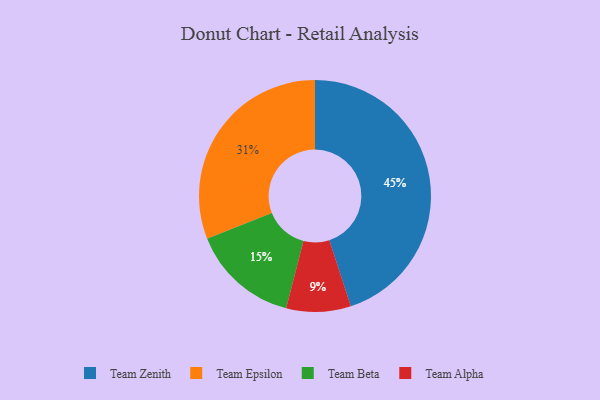
{"axis": {"x": "Category", "y": "Percentage"}, "legend": ["Team Alpha", "Team Beta", "Team Epsilon", "Team Zenith"], "data": [{"x": "Team Zenith", "y": 45, "type": "Team Zenith"}, {"x": "Team Alpha", "y": 9, "type": "Team Alpha"}, {"x": "Team Epsilon", "y": 31, "type": "Team Epsilon"}, {"x": "Team Beta", "y": 15, "type": "Team Beta"}]}